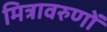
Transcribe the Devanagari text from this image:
मित्रावरुणों